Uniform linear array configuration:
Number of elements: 48
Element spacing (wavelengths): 0.25
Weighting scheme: binomial
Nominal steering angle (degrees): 45
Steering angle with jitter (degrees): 46.467
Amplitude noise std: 0.05
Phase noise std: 0.05

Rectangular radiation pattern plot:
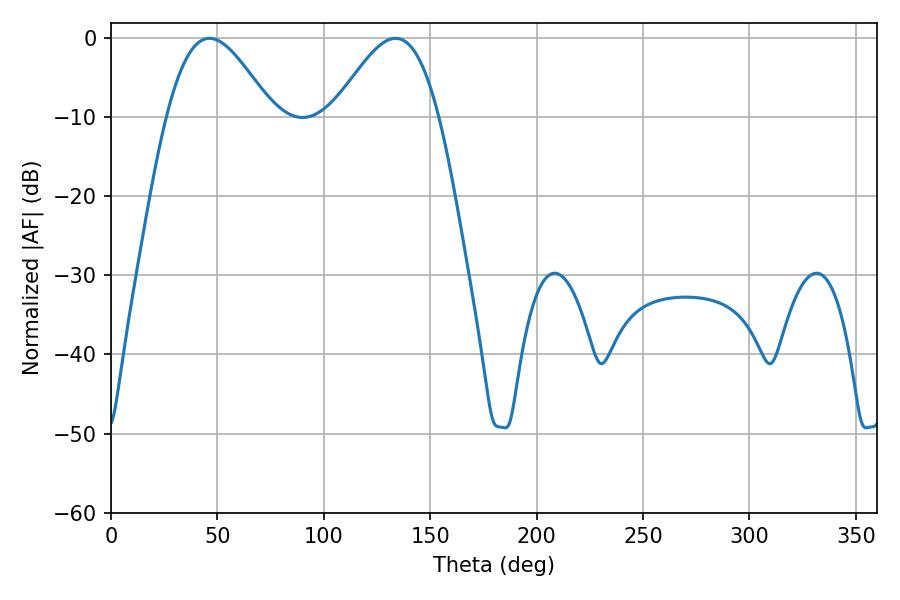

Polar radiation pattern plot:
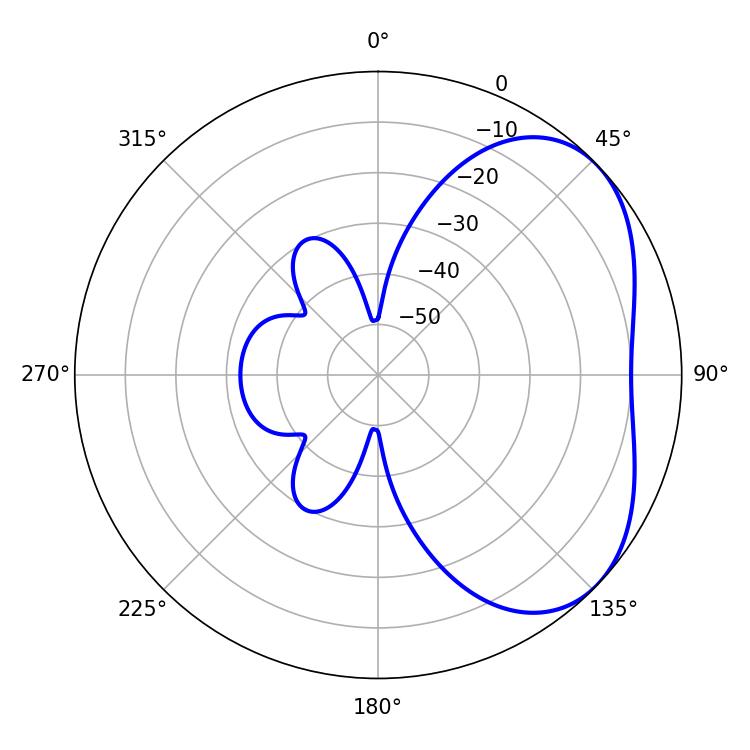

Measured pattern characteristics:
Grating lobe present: FALSE
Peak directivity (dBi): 4.025
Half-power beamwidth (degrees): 26.28
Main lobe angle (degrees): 46.26